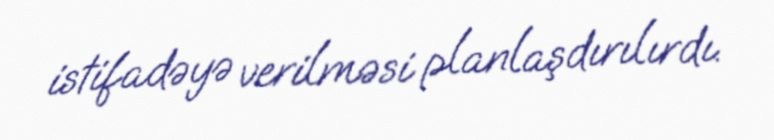
istifadəyə verilməsi planlaşdırılırdı.